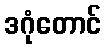
ဒဂုံတောင်